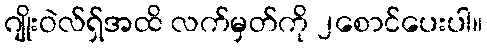
ဂျိုးဝဲလ်ရှ်အထိ လက်မှတ်ကို ၂စောင်ပေးပါ။